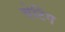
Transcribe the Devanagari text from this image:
चेटिंग